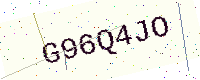
Text: G96Q4JO